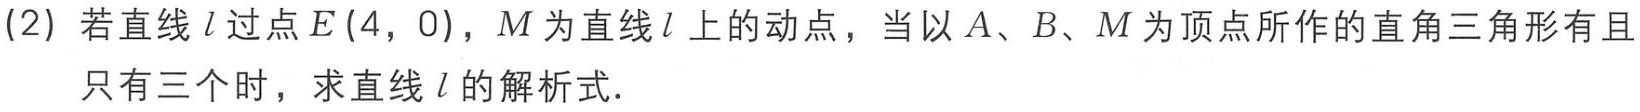
(2) 若直线\(l\)过点\(E(4,0)\)，\(M\)为直线\(l\)上的动点，当以\(A\)、\(B\)、\(M\)为顶点所作的直角三角形有且只有三个时，求直线\(l\)的解析式．